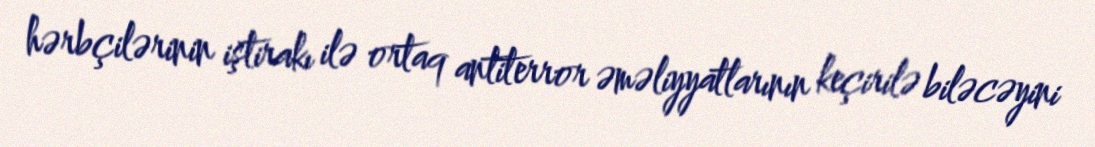
hərbçilərinin iştirakı ilə ortaq antiterror əməliyyatlarının keçirilə biləcəyini